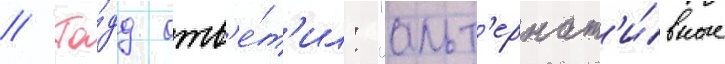
// То́дд отв'е́т'ил: "альт'ернат'и́вные